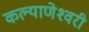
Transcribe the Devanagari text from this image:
कल्‍याणेश्‍वरी